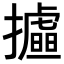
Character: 𢸉